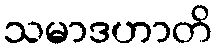
သမာဒဟာတိ